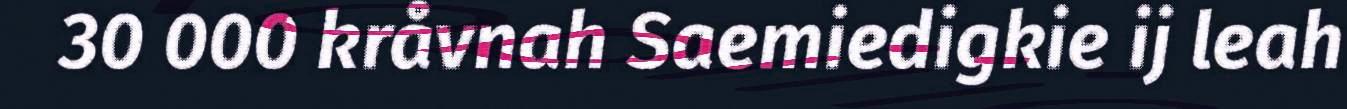
30 000 kråvnah Saemiedigkie ij leah